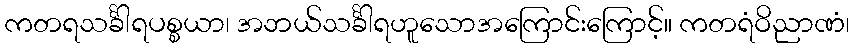
ကတရသင်္ခါရပစ္စယာ၊ အဘယ်သင်္ခါရဟူသောအကြောင်းကြောင့်။ ကတရံဝိညာဏံ၊